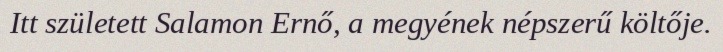
Itt született Salamon Ernő, a megyének népszerű költője.